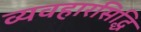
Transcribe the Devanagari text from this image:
व्यवहारसिद्धि